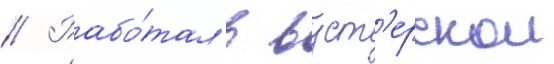
// Рабо́тал в вуст'ерскои